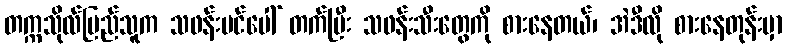
တက္ကသိုလ်ပြည်သူက သဖန်းပင်ပေါ် တက်ပြီး သဖန်းသီးတွေကို စားနေတယ်၊ အဲဒီလို စားနေတုန်းမှာ